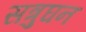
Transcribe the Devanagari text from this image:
सत्रुघन